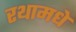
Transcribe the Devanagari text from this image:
रथामधे